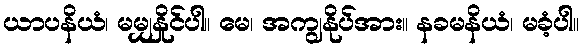
ယာပနိယံ၊ မမျှနှိုင်ပါ။ မေ၊ အကျွနိုပ်အား။ နခမနိယံ၊ မခံ့ပါ။